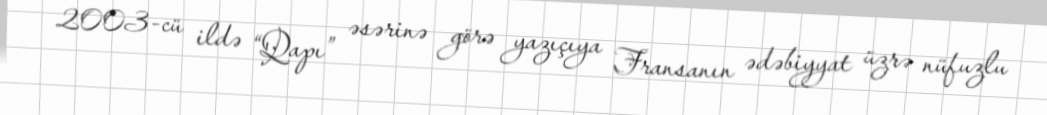
2003-cü ildə “Qapı” əsərinə görə yazıçıya Fransanın ədəbiyyat üzrə nüfuzlu